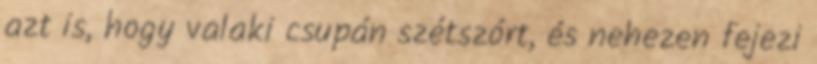
azt is, hogy valaki csupán szétszórt, és nehezen fejezi